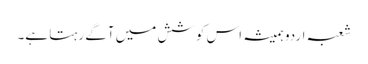
شعبہ اردو ہمیشہ اس کوشش میں آگے رہتا ہے۔